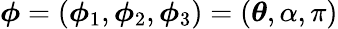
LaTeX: \boldsymbol{\phi}=(\boldsymbol{\phi}_{1},\boldsymbol{\phi}_{2},\boldsymbol{\phi}_{3})=(\boldsymbol{\theta},\alpha,\pi)